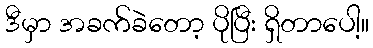
ဒီမှာ အခက်ခဲတော့ ပိုပြီး ရှိတာပေါ့။